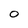
Character: O